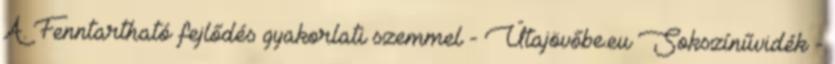
A. Fenntartható fejlődés gyakorlati szemmel - Útajövőbe.eu Sokszínűvidék -